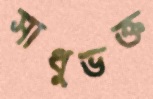
সাধুভক্ত